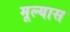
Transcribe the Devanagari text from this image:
मूल्यास